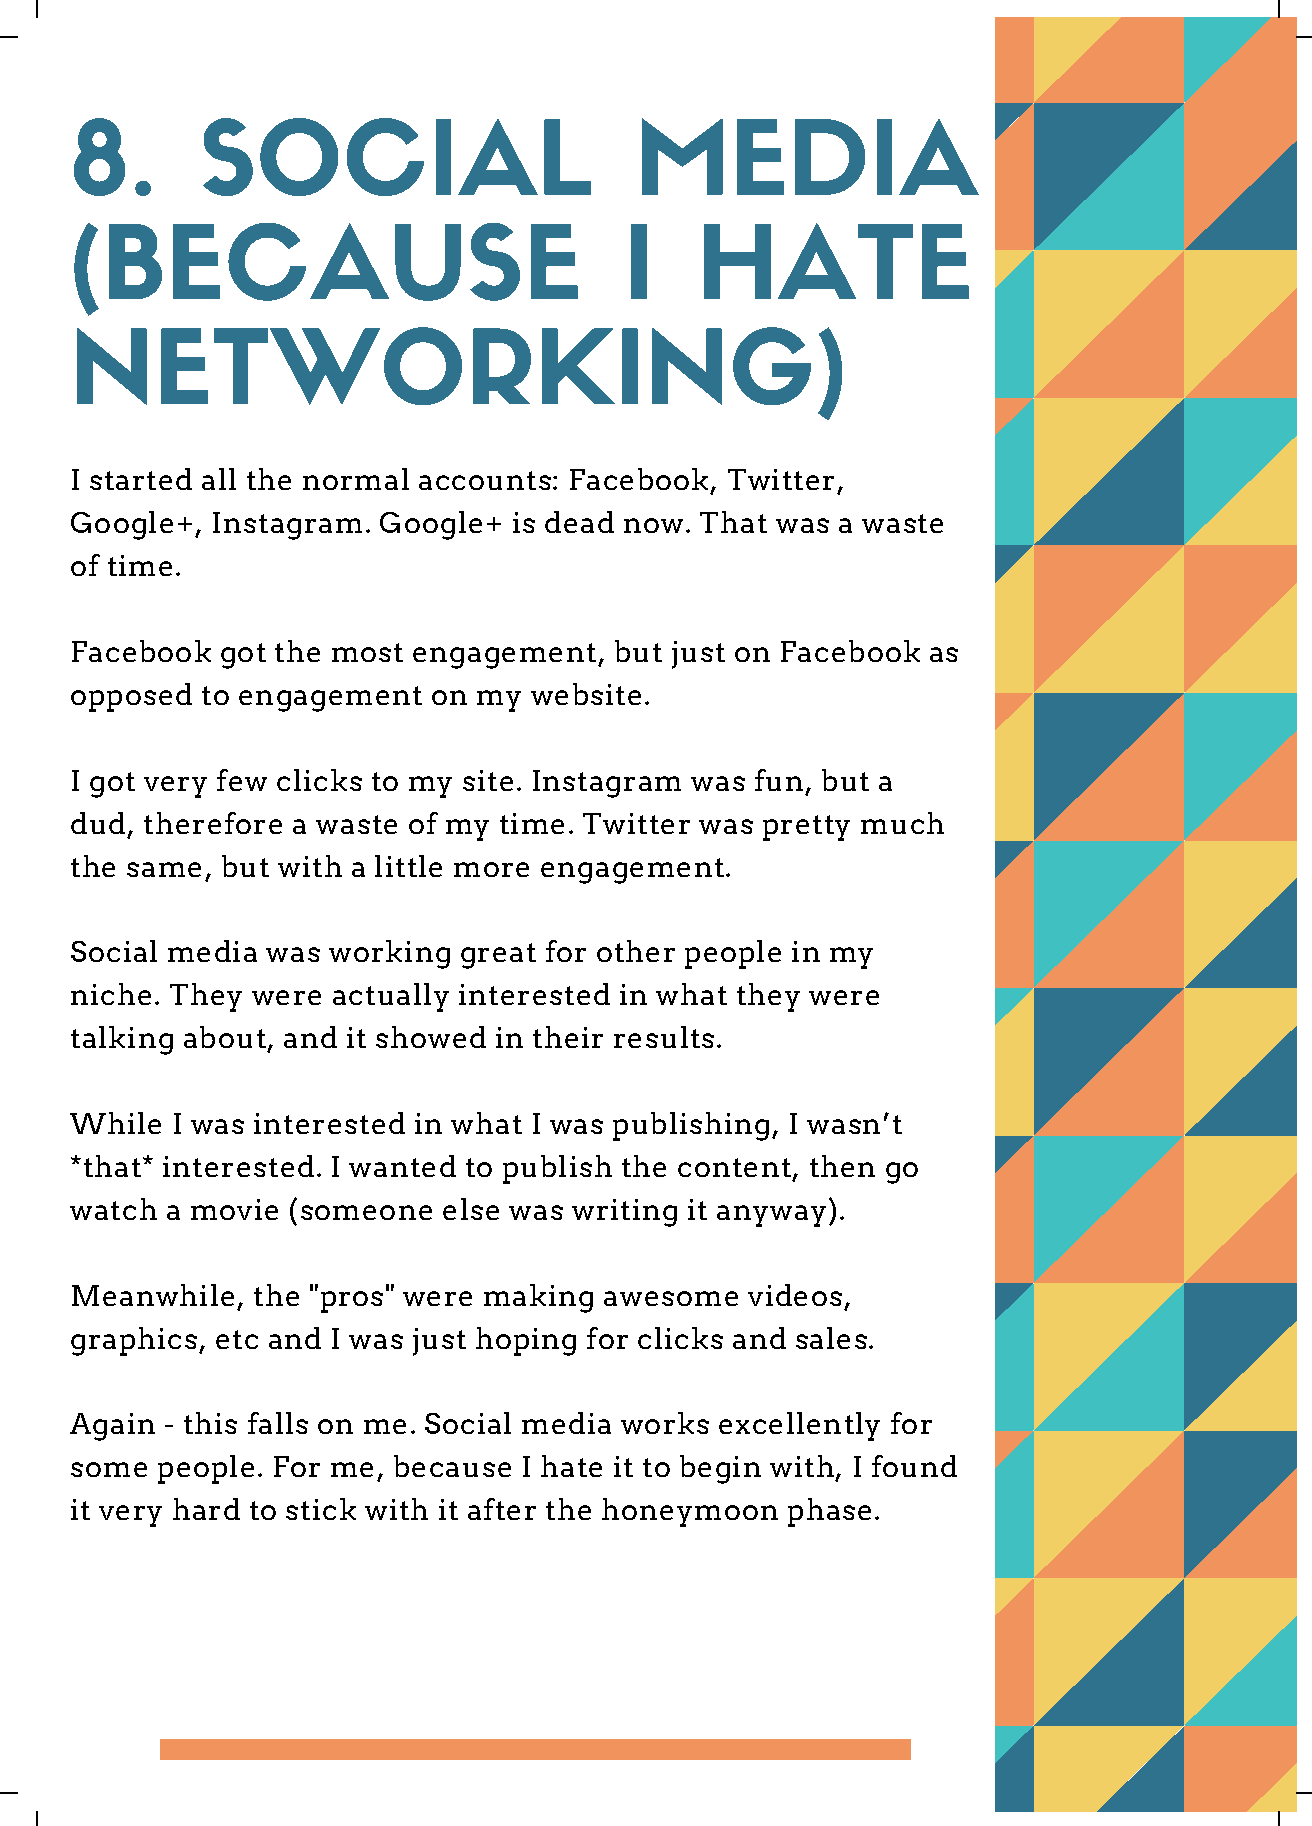
8.      SOCIAL                       MEDIA
 (BECAUSE                            I    HATE
 NETWORKING)
 I started all the normal accounts: Facebook, Twitter,
 Google+, Instagram. Google+  is dead now. That was a waste
 of time.
 Facebook  got the most engagement,  but just on Facebook as
 opposed to engagement   on my website.
 I got very few clicks to my site. Instagram was fun, but a
 dud, therefore a waste of my time. Twitter was pretty much
 the same, but with a little more engagement.
 Social media was working great for other people in my
 niche. They were actually interested in what they were
 talking about, and it showed in their results.
 While I was interested in what I was publishing, I wasn’t
 *that* interested. I wanted to publish the content, then go
 watch a movie (someone  else was writing it anyway).
 Meanwhile,  the "pros" were making awesome   videos,
 graphics, etc and I was just hoping for clicks and sales.
 Again - this falls on me. Social media works excellently for
 some people. For me, because I hate it to begin with, I found
 it very hard to stick with it after the honeymoon phase.